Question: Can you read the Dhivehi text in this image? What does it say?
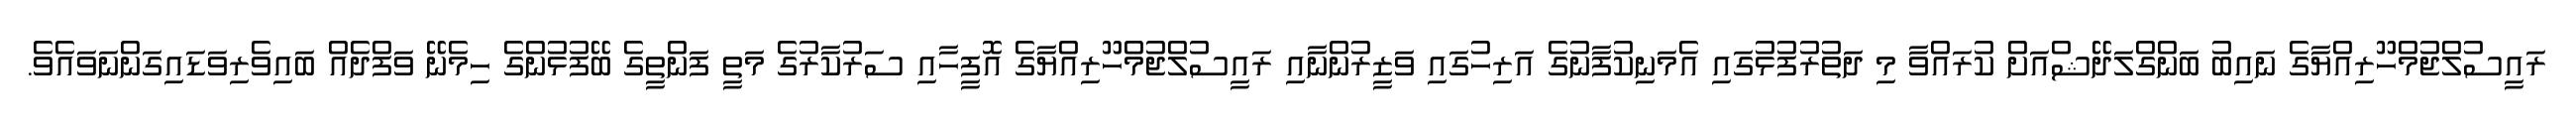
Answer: ރައީސުލްޖުމްހޫރިއްޔާގެ ނައިބު ބަންގްލަދޭޝްއަށް ކުރައްވާ މި ދަތުރުފުޅުގައި އެމަނިކުފާނުގެ އަރިހުގައި ވަޒީރުންނާއި ރައީސުލްޖުމްހޫރިއްޔާގެ އޮފީހާއި ސަރުކާރުގެ މަތީ ފަންތީގެ ބޭފުޅުންގެ ހިމެނޭ ވަފްދެއް ބައިވެރިވަޑައިގަންނަވައެވެ.